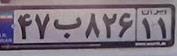
۴۷ب۸۲۶۱۱